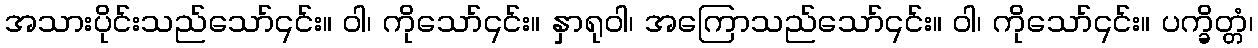
အသားပိုင်းသည်သော်၎င်း။ ဝါ၊ ကိုသော်၎င်း။ နှာရုဝါ၊ အကြောသည်သော်၎င်း။ ဝါ၊ ကိုသော်၎င်း။ ပက္ခိတ္တံ၊